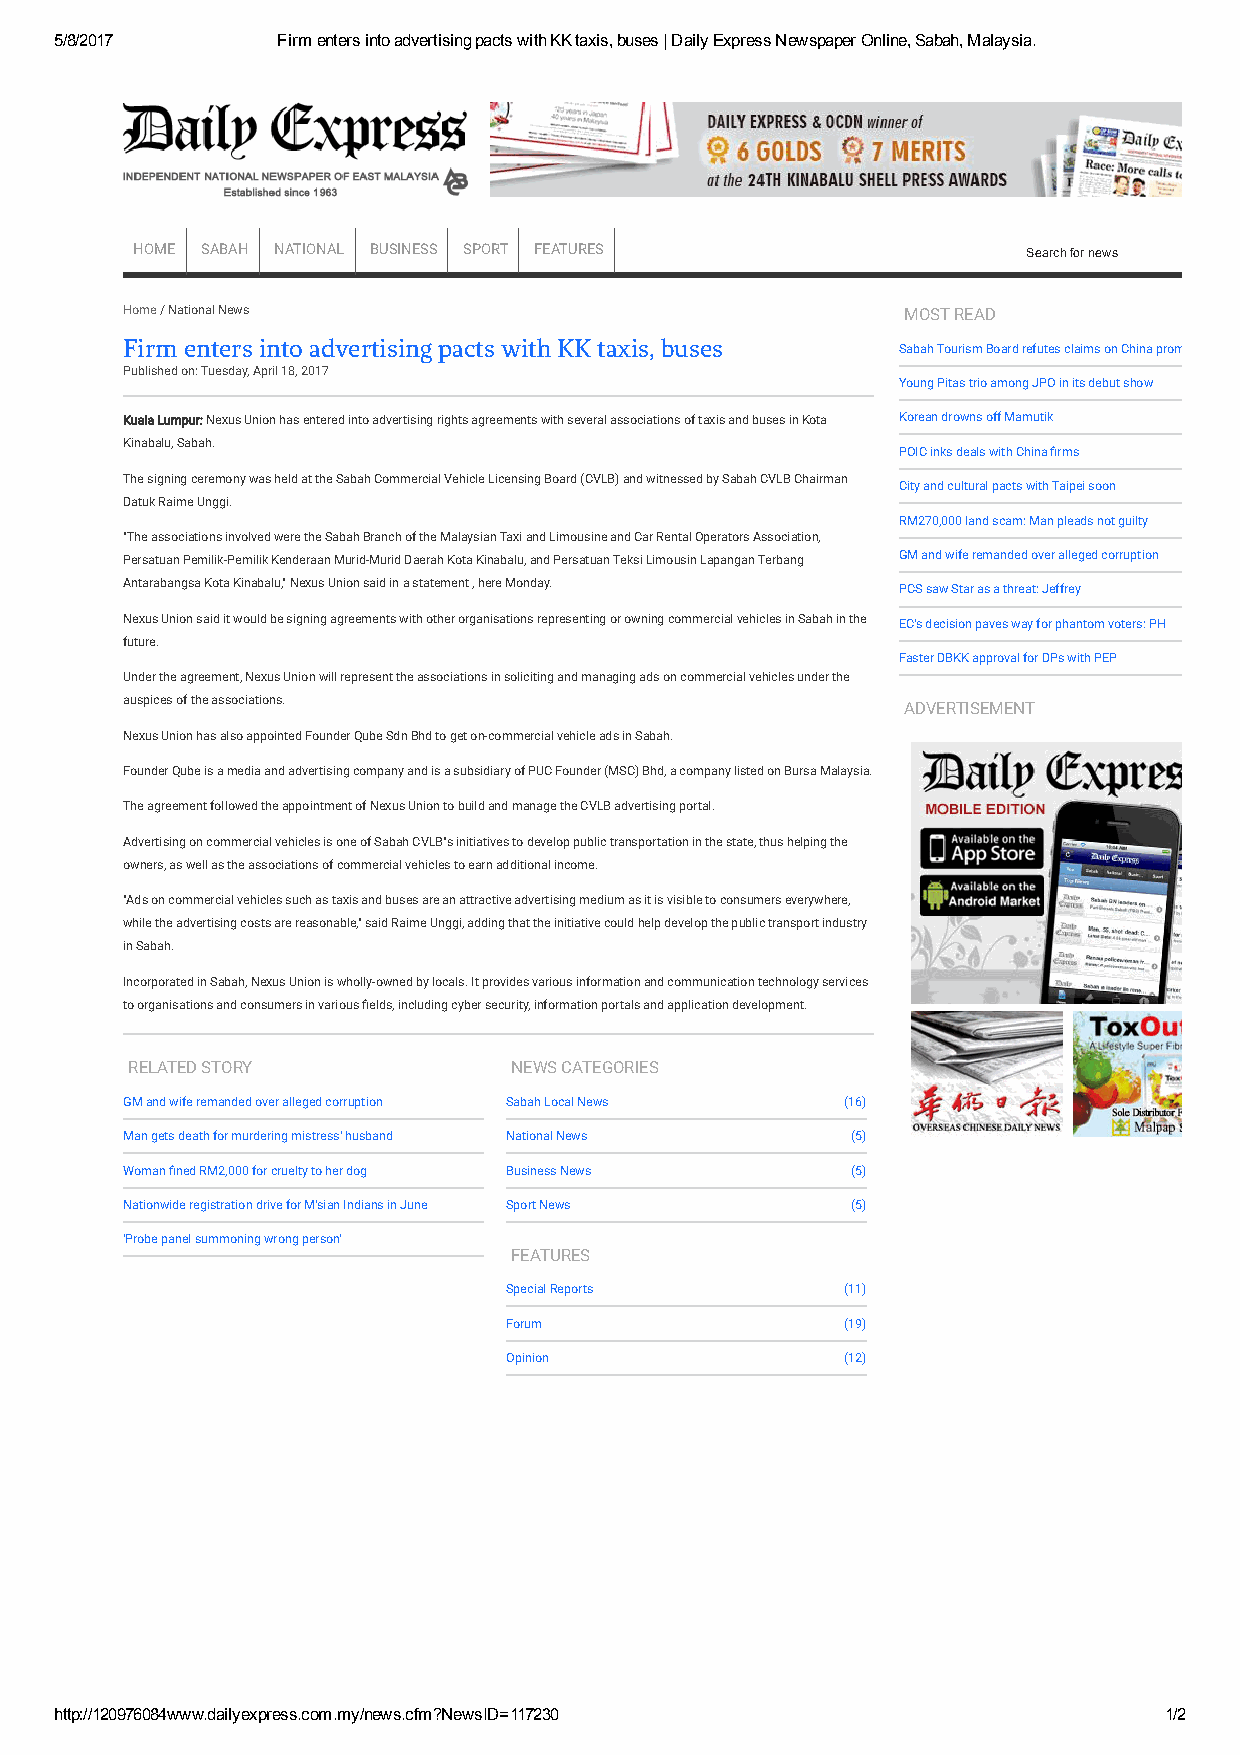
5/8/2017      Firm enters into advertising pacts with KK taxis, buses | Daily Express Newspaper Online, Sabah, Malaysia.
 HOME SABAH NATIONAL BUSINESS SPORT FEATURES                Search for news
 Home / National News                                MOST READ
 Firm enters into advertising pacts with KK taxis, buses
 Sabah Tourism Board refutes claims on China promos
 Published on: Tuesday, April 18, 2017
 Young Pitas trio among JPO in its debut show
 Kuala Lumpur: Nexus Union has entered into advertising rights agreements with several associations of taxis and buses in Kota Korean drowns off Mamutik
 Kinabalu, Sabah.
 POIC inks deals with China 韛rms
 The signing ceremony was held at the Sabah Commercial Vehicle Licensing Board (CVLB) and witnessed by Sabah CVLB Chairman
 City and cultural pacts with Taipei soon
 Datuk Raime Unggi.
 RM270,000 land scam: Man pleads not guilty
 "The associations involved were the Sabah Branch of the Malaysian Taxi and Limousine and Car Rental Operators Association,
 Persatuan Pemilik-Pemilik Kenderaan Murid-Murid Daerah Kota Kinabalu, and Persatuan Teksi Limousin Lapangan Terbang GM and wife remanded over alleged corruption
 Antarabangsa Kota Kinabalu," Nexus Union said in a statement , here Monday.
 PCS saw Star as a threat: Jeffrey
 Nexus Union said it would be signing agreements with other organisations representing or owning commercial vehicles in Sabah in the EC's decision paves way for phantom voters: PH
 future.
 Faster DBKK approval for DPs with PEP
 Under the agreement, Nexus Union will represent the associations in soliciting and managing ads on commercial vehicles under the
 auspices of the associations.
 ADVERTISEMENT
 Nexus Union has also appointed Founder Qube Sdn Bhd to get on-commercial vehicle ads in Sabah.
 Founder Qube is a media and advertising company and is a subsidiary of PUC Founder (MSC) Bhd, a company listed on Bursa Malaysia.
 The agreement followed the appointment of Nexus Union to build and manage the CVLB advertising portal.
 Advertising on commercial vehicles is one of Sabah CVLB"s initiatives to develop public transportation in the state, thus helping the
 owners, as well as the associations of commercial vehicles to earn additional income.
 "Ads on commercial vehicles such as taxis and buses are an attractive advertising medium as it is visible to consumers everywhere,
 while the advertising costs are reasonable," said Raime Unggi, adding that the initiative could help develop the public transport industry
 in Sabah.
 Incorporated in Sabah, Nexus Union is wholly-owned by locals. It provides various information and communication technology services
 to organisations and consumers in various 韛elds, including cyber security, information portals and application development.
 RELATED STORY             NEWS CATEGORIES
 GM and wife remanded over alleged corruption Sabah Local News (16)
 Man gets death for murdering mistress' husband National News (5)
 Woman 韛ned RM2,000 for cruelty to her dog Business News (5)
 Nationwide registration drive for M'sian Indians in June Sport News (5)
 'Probe panel summoning wrong person'
 FEATURES
 Special Reports        (11)
 Forum                  (19)
 Opinion                (12)
 http://120976084www.dailyexpress.com.my/news.cfm?NewsID=117230           1/2